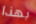
بهذا